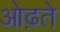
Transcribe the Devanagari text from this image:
ओढ़ते